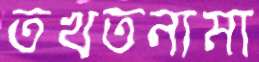
তখতনামা